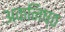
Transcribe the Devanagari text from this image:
अकनिष्ठ